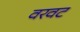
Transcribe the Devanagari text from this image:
वरवट